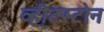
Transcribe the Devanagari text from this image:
व्ही्टस्टोन